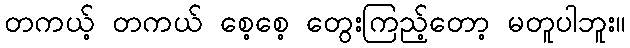
တကယ့် တကယ် စေ့စေ့ တွေးကြည့်တော့ မတူပါဘူး။